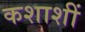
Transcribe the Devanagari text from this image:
कशाशीं